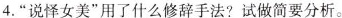
4.”说怿女美”用了什么修辞手法?试做简要分析。